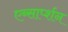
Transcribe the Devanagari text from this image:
एब्सार्प्शन